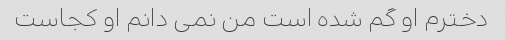
دخترم او گم شده است من نمی دانم او کجاست